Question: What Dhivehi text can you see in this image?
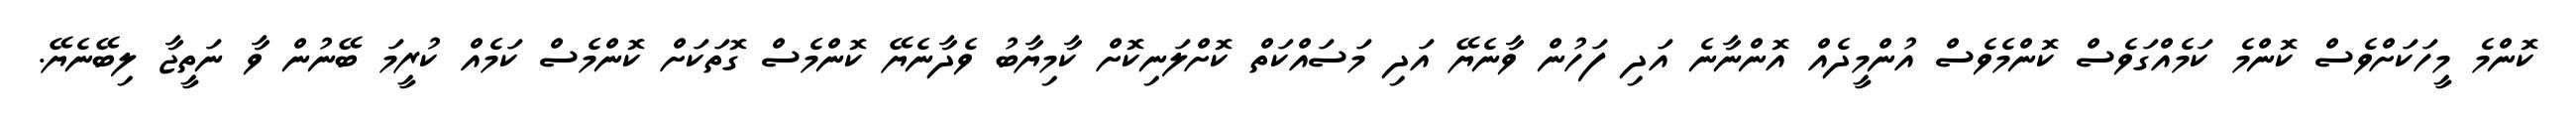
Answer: ކޮންމެ މީހަކަށްވެސް ކޮންމެ ކަމެއްގަވެސް ކޮންމެވެސް އުންމީދެއް އޮންނާނެ އަދި ފަހުން ވާނެޔޭ އަދި މަސައްކަތް ކޮށްލަނިކޮށް ކާމިޔާބު ވެދާނެޔޭ ކޮންމެސް ގޮތަކަށް ކޮންމެސް ކަމެއް ކުރީމަ ބޭނުން ވާ ނަތީޖާ ލިބޭނެޔޭ.